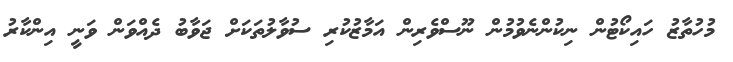
މުހުތާޒު ހައިކޯޓުން ނިކުންނެވުމުން ނޫސްވެރިން އަމާޒުކުރި ސުވާލުތަކަށް ޖަވާބު ދެއްވަން ވަނީ އިންކާރު